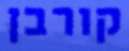
קורבן